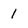
Character: 1